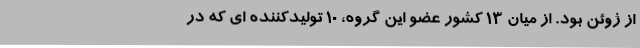
از ژوئن بود. از میان 13 کشور عضو این گروه، 10 تولیدکننده ای که در